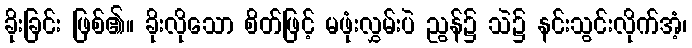
ခိုးခြင်း ဖြစ်၏။ ခိုးလိုသော စိတ်ဖြင့် မဖုံးလွှမ်းပဲ ညွန်၌ သဲ၌ နင်းသွင်းလိုက်အံ့၊